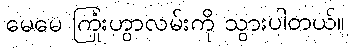
မေမေ ကြုံးဟွာလမ်းကို သွားပါတယ်။